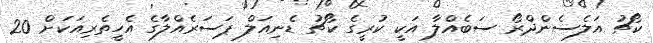
ކޯޗު އަލެސެންދްރޯ ސަބެއްލާ އަކީ ކުރީގެ ކޯޗު ޑެނިއަލް ޕަސަރެއްލާގެ އެހީތެރިއަކަށް 20